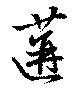
遘